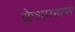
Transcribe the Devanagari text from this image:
क्लेशप्रहाण